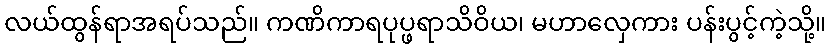
လယ်ထွန်ရာအရပ်သည်။ ကဏိကာရပုပ္ဖရာသိဝိယ၊ မဟာလှေကား ပန်းပွင့်ကဲ့သို့။